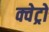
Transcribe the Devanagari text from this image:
क्वेट्रो